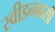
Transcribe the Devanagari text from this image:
स्वीडनवासी